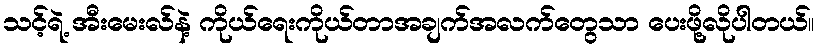
သင့်ရဲ့ အီးမေးလ်နဲ့ ကိုယ်ရေးကိုယ်တာအချက်အလက်တွေသာ ပေးဖို့လိုပါတယ်။